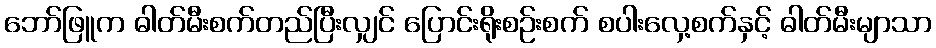
ဘော်ဖြူက ဓါတ်မီးစက်တည်ပြီးလျှင် ပြောင်းရိုးစဉ်းစက် စပါးလှေ့စက်နှင့် ဓါတ်မီးမျာသာ